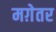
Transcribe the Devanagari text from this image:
मग़ेतर